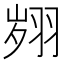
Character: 翙